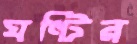
ঘণ্টির